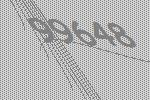
99648